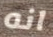
انه